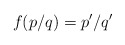
\begin{align*}f(p/q)=p^{\prime}/q^{\prime}\end{align*}